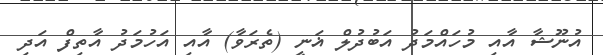
އުނޫޝާ އާއި މުހައްމަދު އަބުދުލް ޣަނީ (ތެރަވާ) އާއި އަހުމަދު އާތިފް އަދި